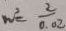
w ^ { 2 } = \frac { 2 } { 0 . 0 2 }